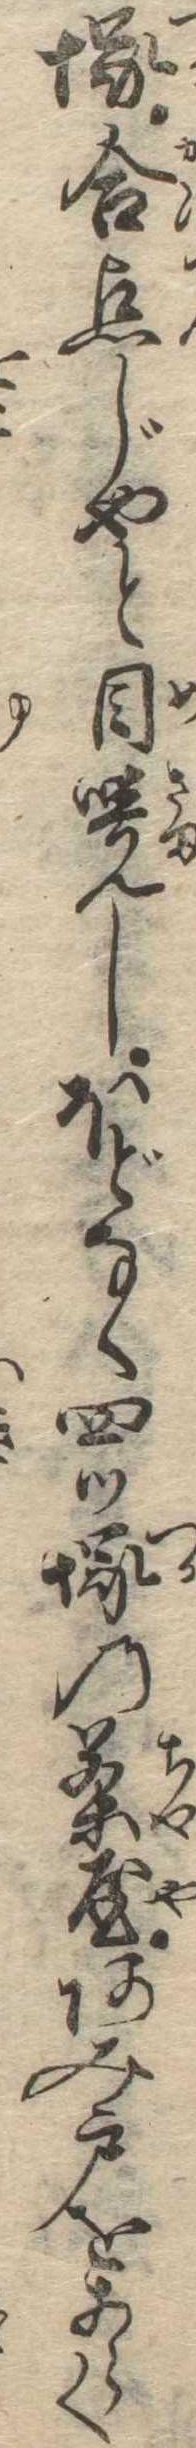
塚合点じやと目覚しほどなく四ツ塚の茶屋あみ戸をあらく